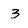
Character: 3